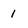
Character: 1